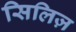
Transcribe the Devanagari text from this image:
सिलिज़